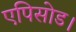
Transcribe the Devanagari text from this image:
एपिसोड।